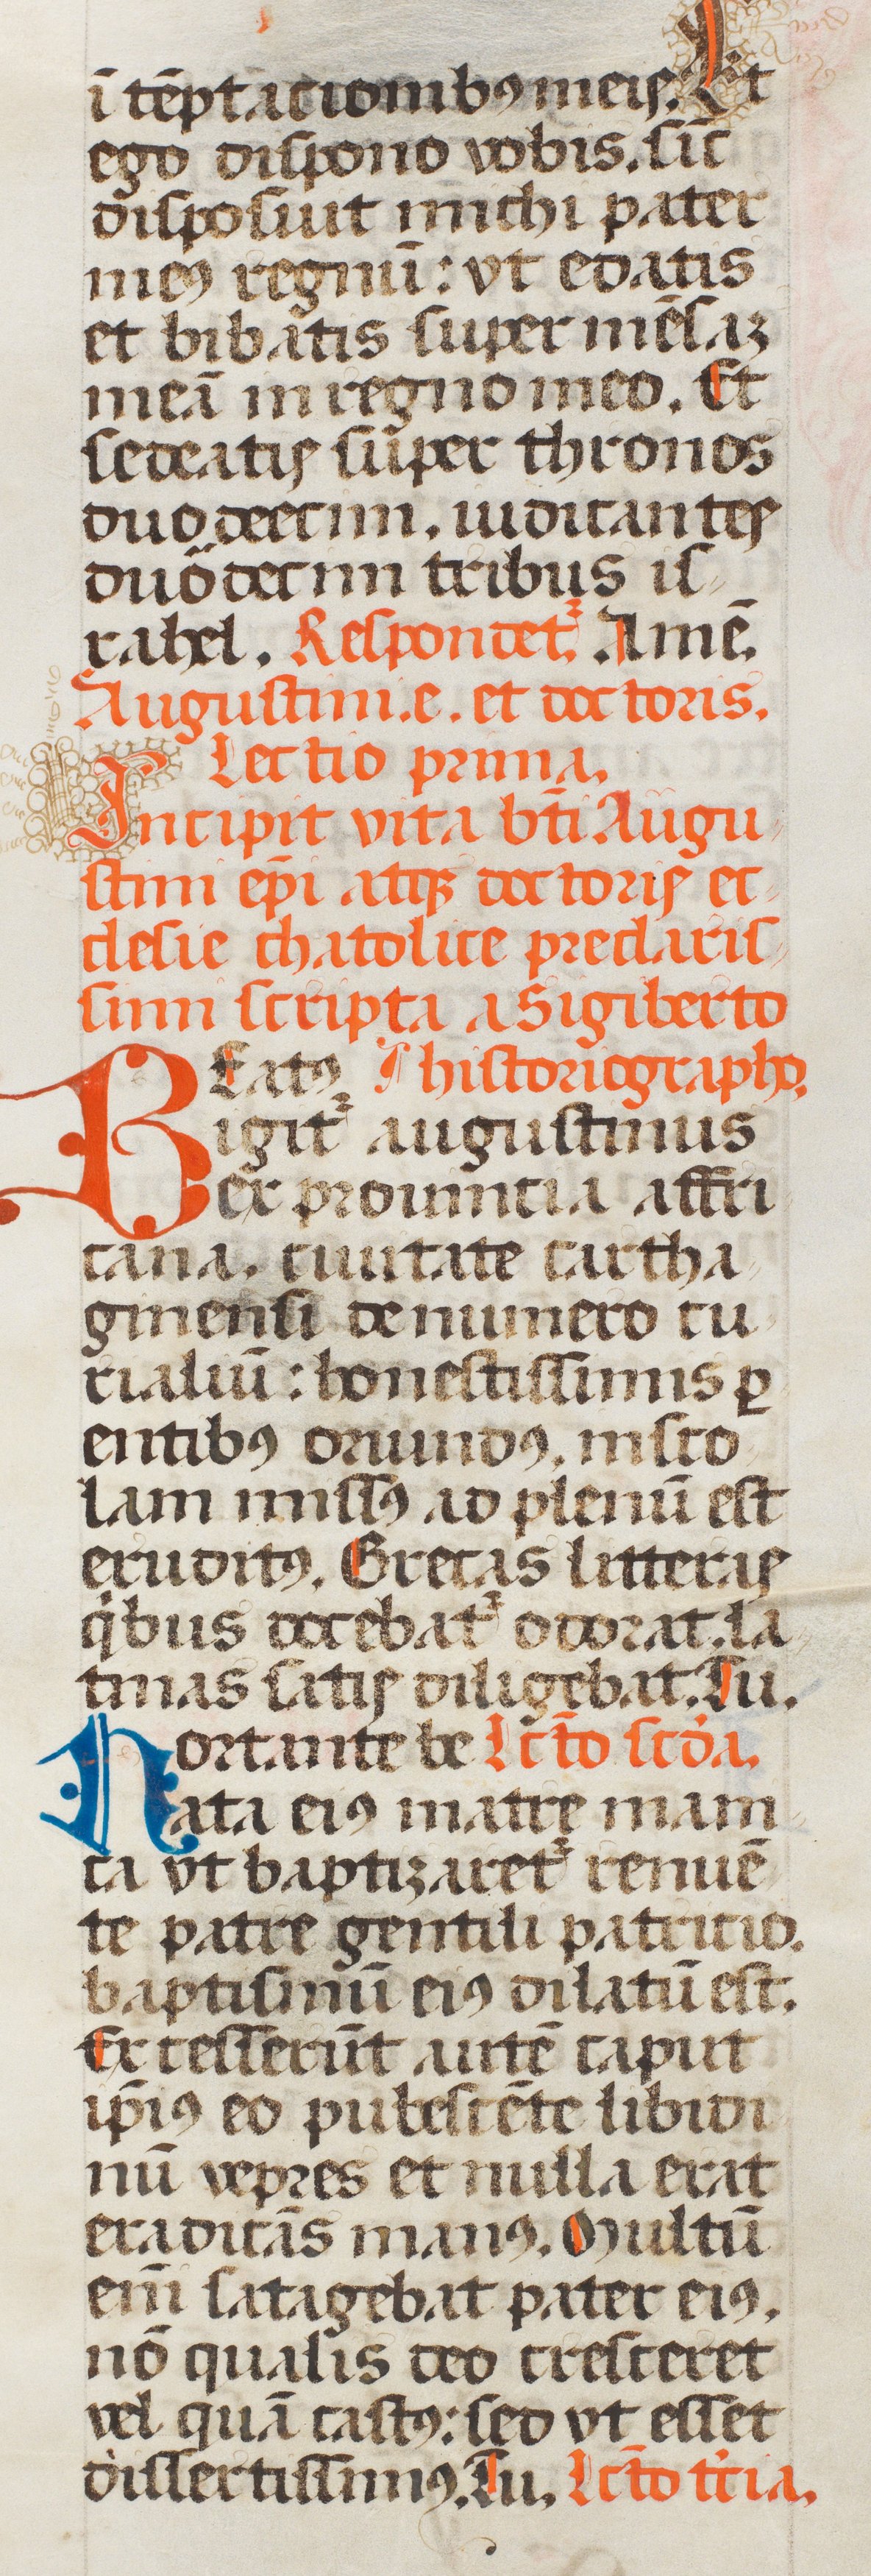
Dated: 1507–1517